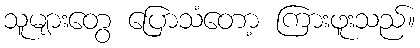
သူများတွေ ပြောသံတော့ ကြားဖူးသည်။